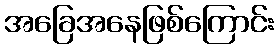
အခြေအနေဖြစ်ကြောင်း